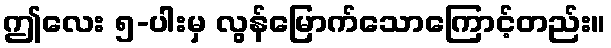
ဤလေး ၅-ပါးမှ လွန်မြောက်သောကြောင့်တည်း။